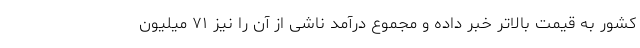
کشور به قیمت بالاتر خبر داده و مجموع درآمد ناشی از آن را نیز ۷۱ میلیون